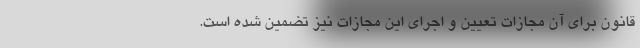
قانون برای آن مجازات تعیین و اجرای این مجازات نیز تضمین شده است.